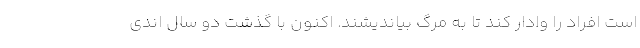
است افراد را وادار کند تا به مرگ بیاندیشند. اکنون با گذشت دو سال اندی